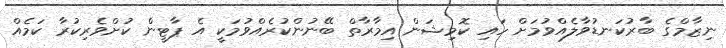
ނިޒާމްގެ ބާރުކަނޑުވާލެއްވުމަށް ހައި ކޮމިޝަން އިމާރާތް ބޭނުންކުރެއްވުމަކީ އެ ޕާޓީން ކުށްވެރިކުރާ ކަމެއް